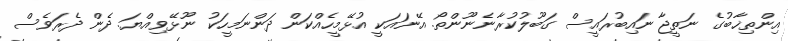
އިންތިޚާބުގެ ނަތީޖާ ނައިބުރައީސް ގަބޫލުކުރާނެނޫންތޯ. އޭނައަކީ އުޅޭމީހެއްކަން ދަންނަމީހަކު ނޫޅޭވިއްޔަ. ދެން ދެރަވެސް